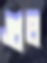
গুচ